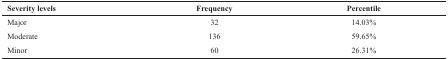
<table><thead><tr><td><b>Severity levels</b></td><td><b>Frequency</b></td><td><b>Percentile</b></td></tr></thead><tbody><tr><td>Major</td><td>32</td><td>14.03%</td></tr><tr><td>Moderate</td><td>136</td><td>59.65%</td></tr><tr><td>Minor</td><td>60</td><td>26.31%</td></tr></tbody></table>